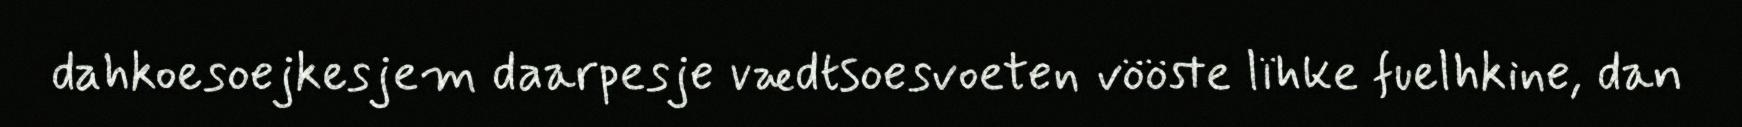
dahkoesoejkesjem daarpesje vædtsoesvoeten vööste lïhke fuelhkine, dan